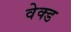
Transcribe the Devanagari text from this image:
वेक्ड